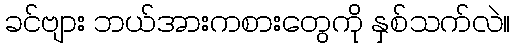
ခင်ဗျား ဘယ်အားကစားတွေကို နှစ်သက်လဲ။